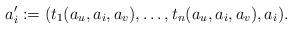
LaTeX: \begin{align*}a_i' := (t_1(a_{u},a_i,a_{v}),\dots,t_n(a_{u},a_i,a_{v}),a_i).\end{align*}